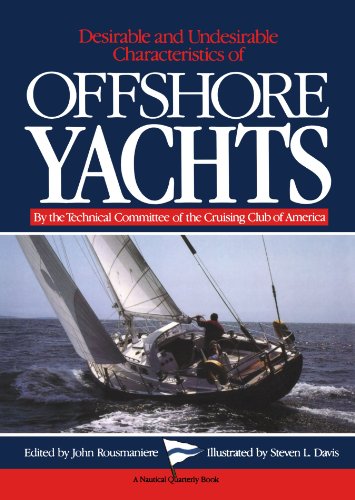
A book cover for Desirable and Undesirable Characteristics of Offshore Yachts; Technical Committee of the Cruising Club of America; Arts & Photography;